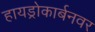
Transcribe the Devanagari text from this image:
हायड्रोकार्बनवर